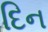
દિન